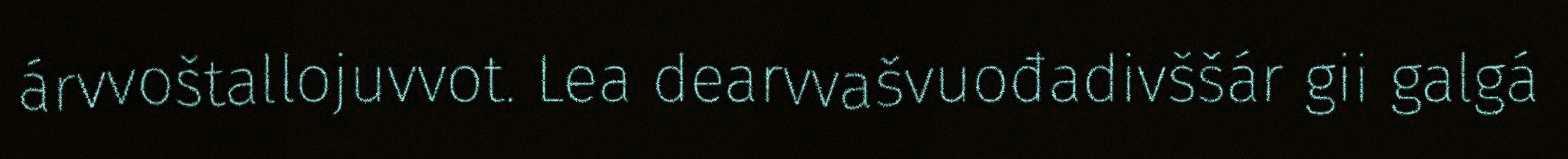
árvvoštallojuvvot. Lea dearvvašvuođadivššár gii galgá